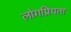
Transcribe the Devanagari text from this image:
लोगप्रियता